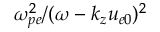
\omega _ { p e } ^ { 2 } / ( \omega - k _ { z } u _ { e 0 } ) ^ { 2 }